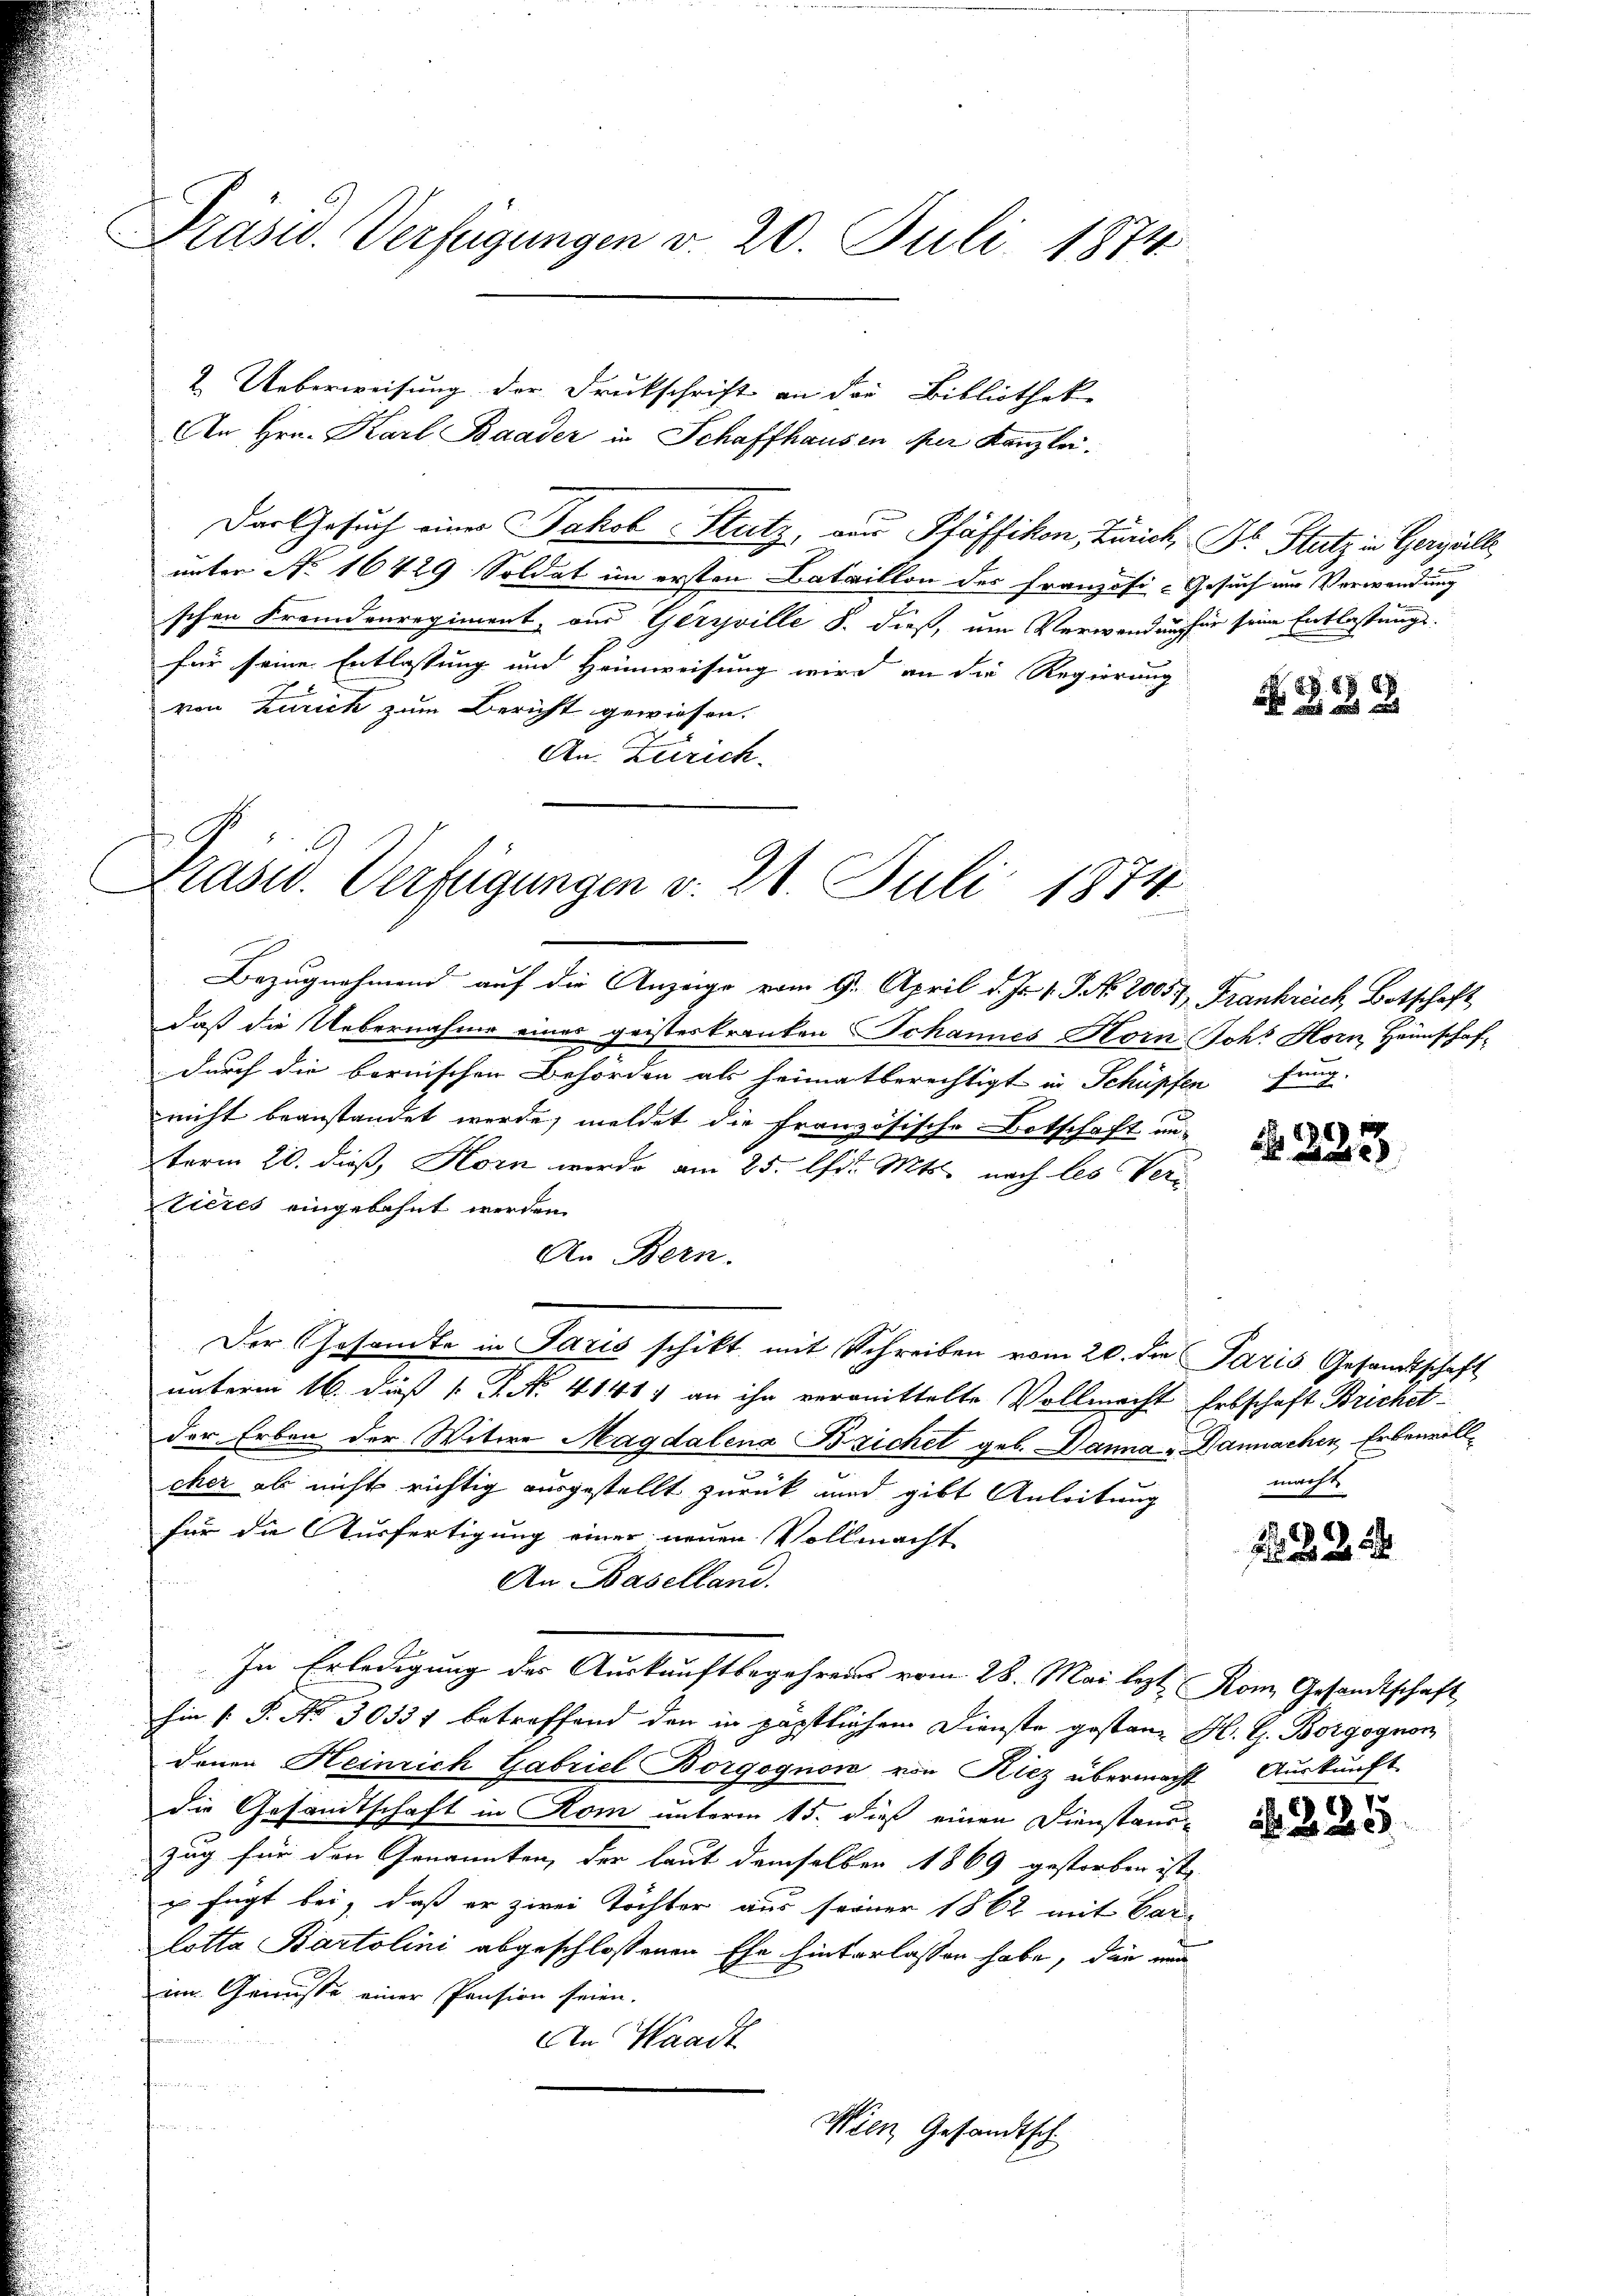
Präsid. Verfügungen v. 20. Juli 1874

2. Ueberweisung der Druckschrift an der Bibliotheke |
An Hrn. Karl Baader in Schaffhausen per Kanzlei.
Der Gesuch einer Jakob Stutz, von Pfäffikon, Zürich, Dr. Stutz in Gergälle,
unter No 16429. Soldat im ersten Bataillon des Französi-Gesuch um Verwendung
schen Fremdenregiment, aus Geryville S. dieß, um Verwendung für seine Entlastungs-
für seine Entlassung und Heimweisung wird an die Regierung
von Zürich zum Bericht gewiesen.
An Zürich.
Bezugnehmend auf die Anzeige vom 9. April d. Js. v. J. No. 20057, Frankreich, Botschaft
daß die Uebernahme eines geisteskranken Johannes Horn Joh. Horn, Heimschaf-
durch die bernischen Behörden als heimatberechtigt in Schüpfen fung.
nicht beanstandet werde, meldet die Französische Botschaft un-
term 20. dieß, Korn werde am 25. Oftr. Mts. nach les Verticres eingebahnt werden.
An Bern.
Der Gesandte in Paris schikt mit Schreiben vom 20. die Paris Gesandtschaft
unterm 16. dieß P. Nr. 4141. an ihn vermittelte Vollmacht Erbschaft Brichetder Erben der Witwe Magdalena Brichet geb. Danna - Danachen, Erbeneillcher als nicht richtig ausgestellt zurück und gibt Anleitung
für die Ausfertigung einer neuen Vollmacht
An Baselland.
In Erledigung des Auskunftbegehrens vom 28. Mai lezt Rom Gesandtschaft
Ein P. P. Nr. 30331 betreffend den in päpstlichen Dienste gestanz H. G. Borgognon
denen Heinrich Gabriel Borgognon von Kiez übermacht Auskunft
die Gesandtschaft in Rom unterm 15. dieß einen Dienstandzug für den Genannten, der laut demselben 1869 gestorben ist,
u fügt bei, daß er zwei Töchter aus seiner 1862 mit Car
lotta Bartolini abgeschlossenen Ehe hinterlassen habe, die mi
im Gemüsse einer Pension seien.
An Waadt
s

Wien Gesandtsch

2
Prasw. Verfügungen v. 21. Juli 1874.
n

N 228

N 225

macht

2 x

N 225